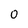
Character: 0